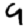
Digit: 9